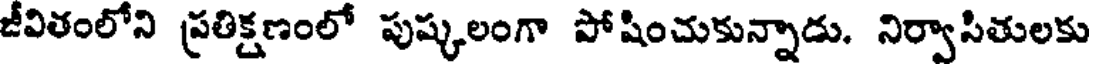
జీవితంలోని ప్రతిక్షణంలో పుష్కలంగా పోషించుకున్నాడు. నిర్వాసితులకు